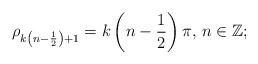
LaTeX: \begin{align*}\rho_{k\left(n-\frac{1}{2}\right)+1}=k\left(n-\frac{1}{2}\right)\pi, \, n\in\mathbb{Z};\end{align*}